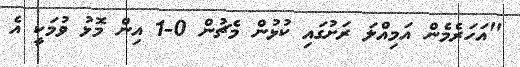
"އަހަރެމެން އަމިއްލަ ރަށުގައި ކުޅުން މެޗުން 0-1 އިން މޮޅު ވުމަކީ އެ